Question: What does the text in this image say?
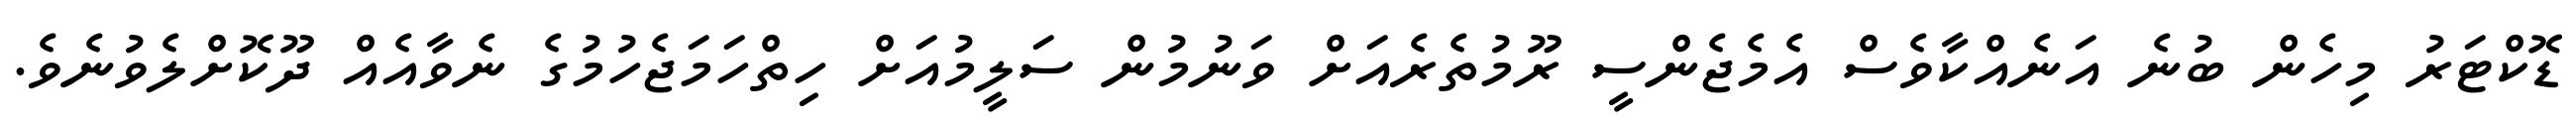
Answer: ޑޮކްޓަރު މިހެން ބުނެ އަނެއްކާވެސް އެމެޖެންސީ ރޫމުތެރެއަށް ވަނުމުން ސަލީމުއަށް ހިތްހަމަޖެހުމުގެ ނެވާއެއް ދޫކޮށްލެވުނެވެ.